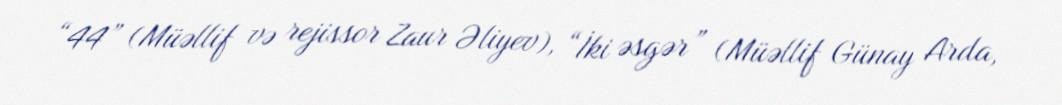
“44” (Müəllif və rejissor Zaur Əliyev), “İki əsgər” (Müəllif Günay Arda,